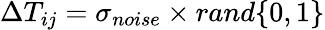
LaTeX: \Delta T_{ij}=\sigma_{noise}\times rand\{ 0,1\}